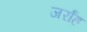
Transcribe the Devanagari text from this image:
जर्रांह